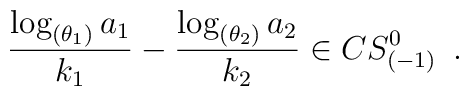
{\log_{(\theta_1)}a_1\over k_1}-{\log_{(\theta_2)}a_2\over k_2}\in CS_{(-1)}^0\,\,\,.